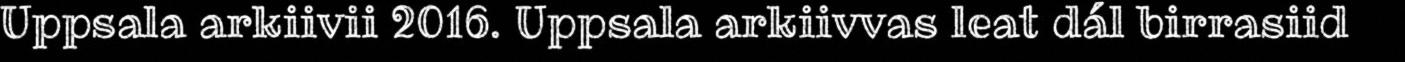
Uppsala arkiivii 2016. Uppsala arkiivvas leat dál birrasiid